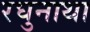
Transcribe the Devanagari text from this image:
रघुनाथा